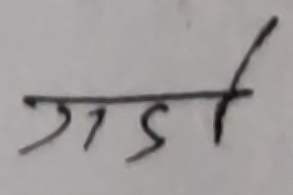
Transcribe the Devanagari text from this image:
गडार्दी